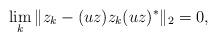
LaTeX: \begin{align*}\lim_{k}{\|z_k - (uz) z_k (uz)^*\|_2} = 0,\end{align*}